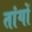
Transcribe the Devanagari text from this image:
तांगों